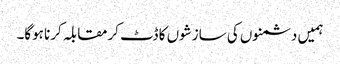
ہمیں دشمنوں کی سازشوں کا ڈٹ کرمقابلہ کرنا ہوگا۔